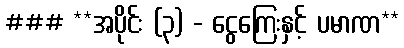
### **အပိုင်း (၃) - ငွေကြေးနှင့် ပမာဏ**